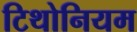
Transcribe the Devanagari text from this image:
टिथोनियम